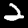
Digit: 2